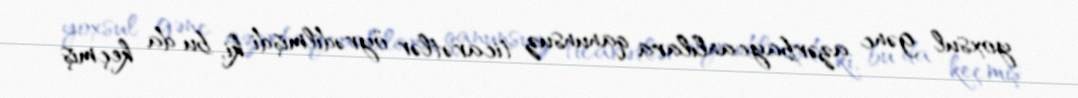
yoxsul gənc azərbaycanlılara qanunsuz ticarətlər öyrədilmişdi ki, bu da keçmiş